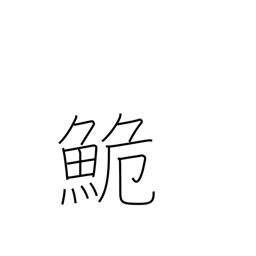
Meaning: dace (carp)